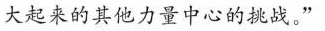
大起来的其他力量中心的挑战。”